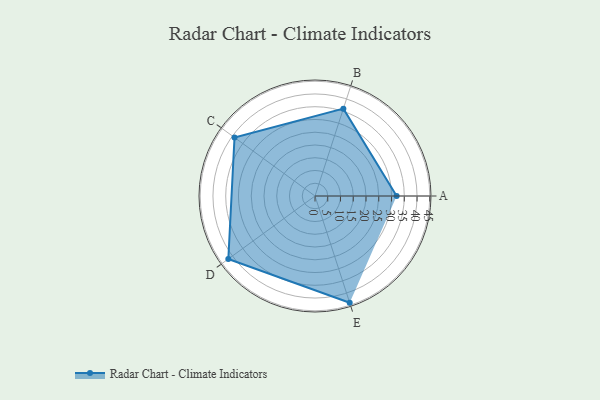
{"axis": {"x": "Skill", "y": "Score"}, "legend": ["Profile"], "data": [{"x": "A", "y": 32.0, "type": "Profile"}, {"x": "B", "y": 36.0, "type": "Profile"}, {"x": "C", "y": 39.0, "type": "Profile"}, {"x": "D", "y": 42.0, "type": "Profile"}, {"x": "E", "y": 44.0, "type": "Profile"}]}